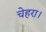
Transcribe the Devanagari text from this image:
चेहरा।